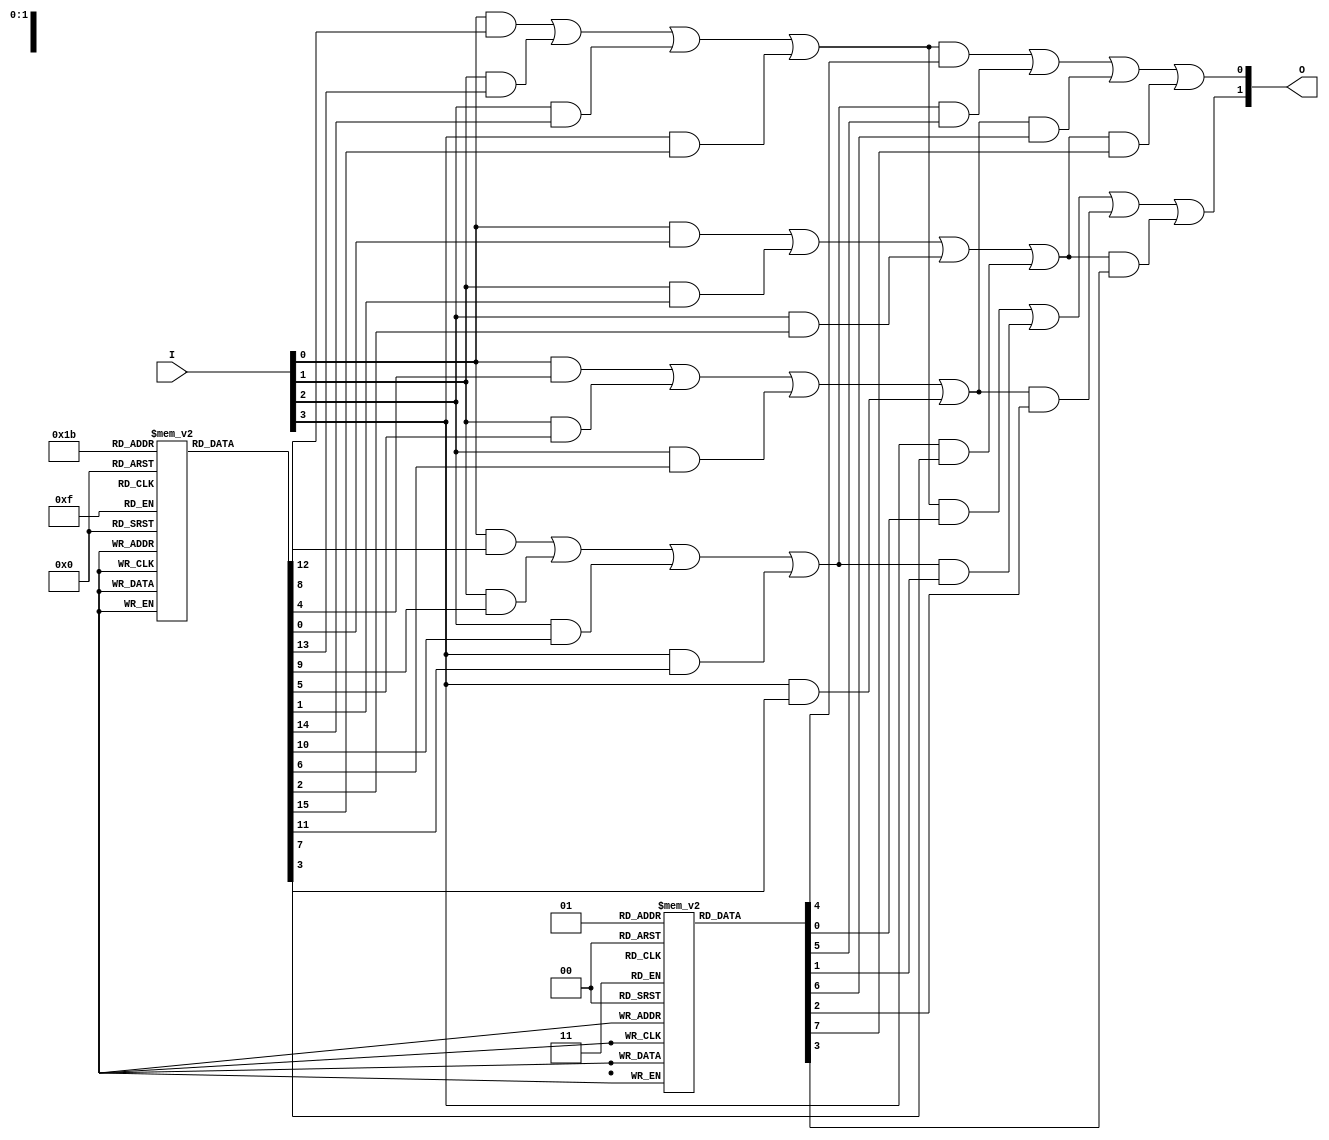
module PLA (
    input wire [n-1:0] I,      // n input lines
    output wire [m-1:0] O      // m output lines
);
    parameter n = 4;           // Number of input lines
    parameter p = 4;           // Maximum number of product terms
    parameter m = 2;           // Number of output lines

    // Define the programmable connections for the AND gates
    wire [p-1:0] and_out[p-1:0]; // Output of AND gates

    // Example programmable AND gates (4 inputs, p product terms)
    generate
        genvar i, j;
        for (i = 0; i < p; i = i + 1) begin : and_gates
            assign and_out[i] = (I[0] & programmable_and[i][0]) |
                                 (I[1] & programmable_and[i][1]) |
                                 (I[2] & programmable_and[i][2]) |
                                 (I[3] & programmable_and[i][3]);
        end
    endgenerate

    // Define the programmable connection matrix for AND gates
    // Each element can be 1 for connected or 0 for not connected
    reg [n-1:0] programmable_and[p-1:0];

    // Define the output logic of the OR gates
    generate
        for (j = 0; j < m; j = j + 1) begin : or_gates
            assign O[j] = (and_out[0] & programmable_or[j][0]) |
                           (and_out[1] & programmable_or[j][1]) |
                           (and_out[2] & programmable_or[j][2]) |
                           (and_out[3] & programmable_or[j][3]);
        end
    endgenerate

    // Define the programmable connection matrix for OR gates
    // Each element can be 1 for connected or 0 for not connected
    reg [p-1:0] programmable_or[m-1:0];

endmodule